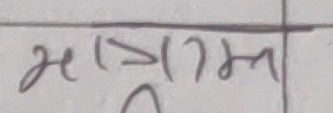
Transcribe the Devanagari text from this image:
मातृम